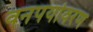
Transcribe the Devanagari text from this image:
वनपर्यावरण